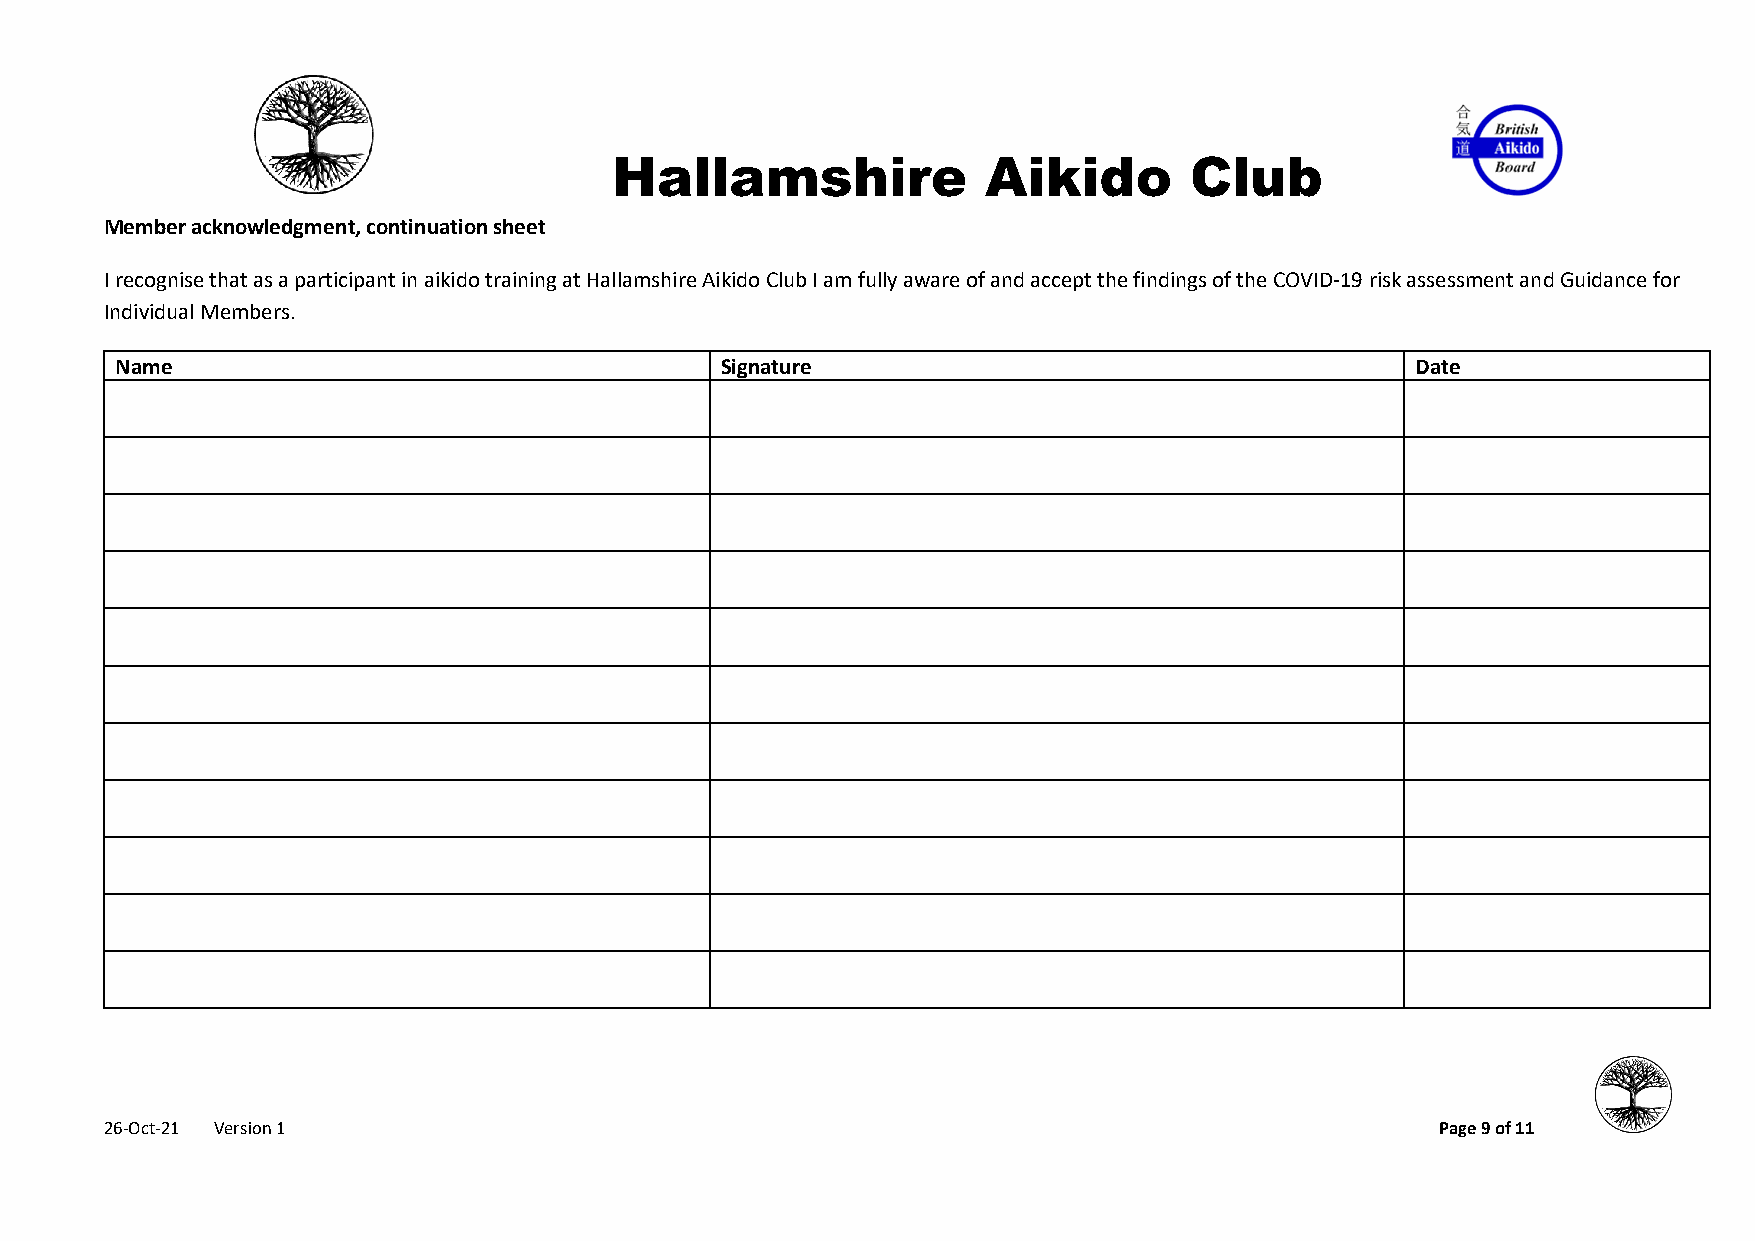
Hallamshire              Aikido        Club
 Member acknowledgment, continuation sheet
 I recognise that as a participant in aikido training at Hallamshire Aikido Club I am fully aware of and accept the findings of the COVID-19 risk assessment and Guidance for
 Individual Members.
 Name                                    Signature                                     Date
 26-Oct-21 Version 1                                                                     Page 9 of 11